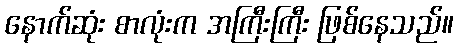
နောက်ဆုံး စာလုံးက အကြီးကြီး ဖြစ်နေသည်။